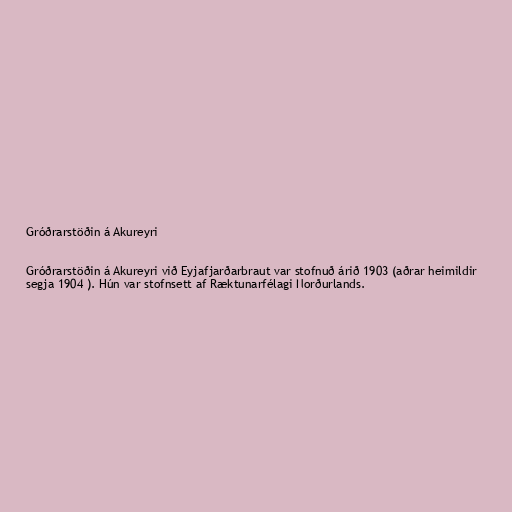
Gróðrarstöðin á Akureyri

Gróðrarstöðin á Akureyri við Eyjafjarðarbraut var stofnuð árið 1903 (aðrar heimildir
segja 1904 ). Hún var stofnsett af Ræktunarfélagi Norðurlands.